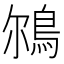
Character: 𩿥